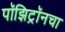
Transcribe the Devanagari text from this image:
पॉझिट्रॉनचा